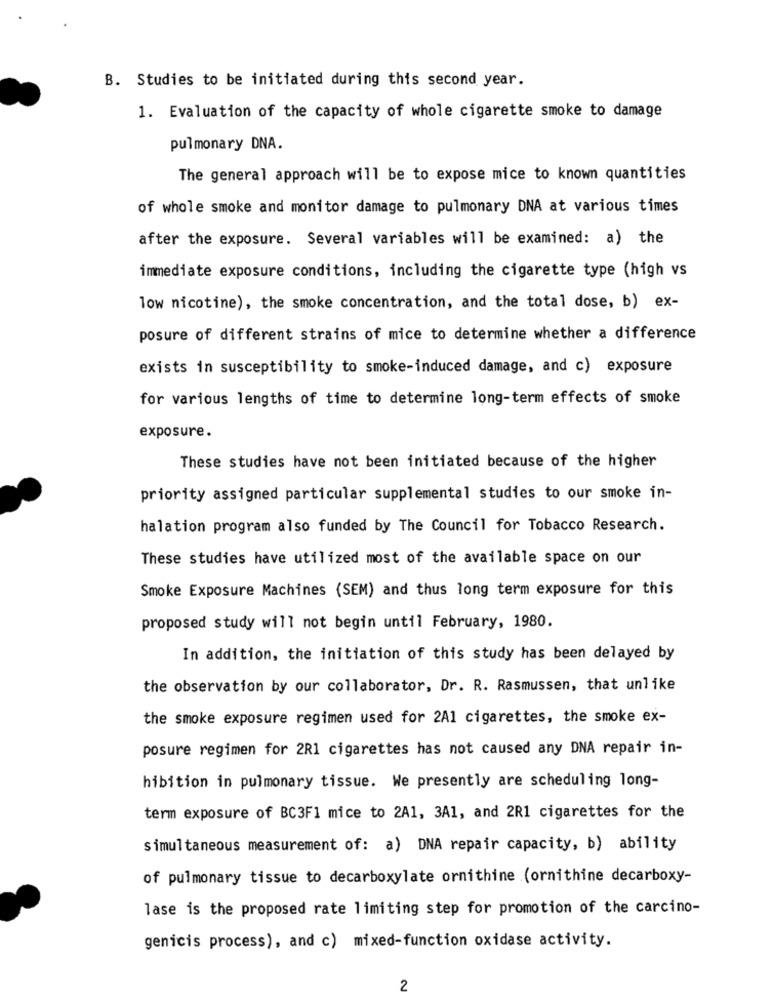
B. Studies to be initiated during this second year.
1. Evaluation of the capacity of whole cigarette smoke to damage
pulmonary DNA.
The general approach will be to expose mice to known quantities
of whole smoke and monitor damage to pulmonary DNA at various times
after the exposure. Several variables will be examined: a) the
immediate exposure conditions, including the cigarette type (high vs
low nicotine), the smoke concentration, and the total dose, b) ex-
posure of different strains of mice to determine whether a difference
exists in susceptibility to smoke-induced damage, and c) exposure
for various lengths of time to determine long-term effects of smoke
exposure.
These studies have not been initiated because of the higher
priority assigned particular supplemental studies to our smoke in-
halation program also funded by The Council for Tobacco Research.
These studies have utilized most of the available space on our
Smoke Exposure Machines (SEM) and thus long term exposure for this
proposed study will not begin until February, 1980.
In addition, the initiation of this study has been delayed by
the observation by our collaborator, Dr. R. Rasmussen, that unlike
the smoke exposure regimen used for 2A1 cigarettes, the smoke ex-
posure regimen for 2R1 cigarettes has not caused any DNA repair in-
hibition in pulmonary tissue. We presently are scheduling long-
term exposure of BC3F1 mice to 2A1, 3A1, and 2R1 cigarettes for the
simultaneous measurement of: a) DNA repair capacity, b) ability
of pulmonary tissue to decarboxylate ornithine (ornithine decarboxy-
lase is the proposed rate limiting step for promotion of the carcino-
genicis process), and c) mixed-function oxidase activity.
2